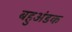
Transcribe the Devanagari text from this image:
बहुअंडक